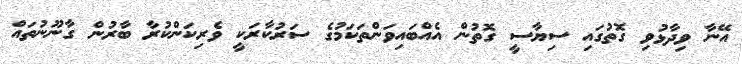
އޭނާ ވިދާޅުވި ގޮތުގައި ސިޔާސީ ގޮތުން އެއްބައިވަންތަކަމުގެ ސަރުކާރަކީ ވެރިކަންކުރާ ބާރުން ގާނޫނުތައް